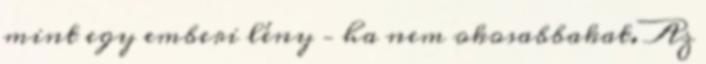
mint egy emberi lény – ha nem okosabbakat. Az